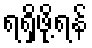
ရရှိဖို့ရန်